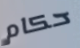
حكام